Annual administration report of the Civil Veterinary Department of India - 1897-1898
Year: 1897
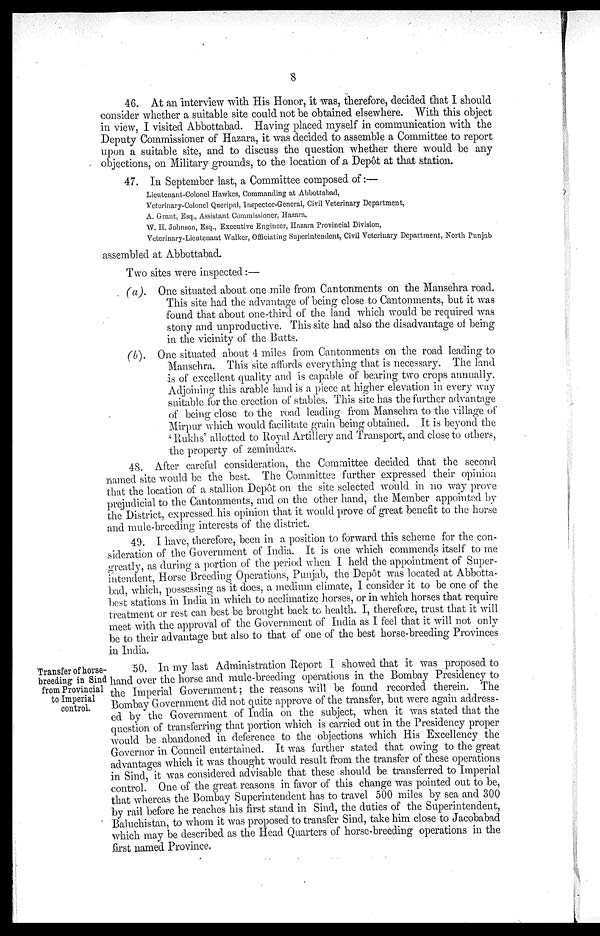
8
46. At an interview with His Honor, it was, therefore, decided that I should
consider whether a suitable site could not be obtained elsewhere. With this object
in view, I visited Abbottabad. Having placed myself in communication with the
Deputy Commissioner of Hazara, it was decided to assemble a Committee to report
upon a suitable site, and to discuss the question whether there would be any
objections, on Military grounds, to the location of a Depôt at that station.
47. In September last, a Committee composed of:—
Lieutenant-Colonel Hawkes, Commanding at Abbottabad,
Veterinary-Colonel Queripal, Inspector-General, Civil Veterinary Department,
A. Grant, Esq., Assistant Commissioner, Hazara,
W. H. Johnson, Esq., Executive Engineer, Hazara Provincial Division,
Veterinary-Lieutenant Walker, Officiating Superintendent, Civil Veterinary Department, North Punjab
assembled at Abbottabad.
Two sites were inspected:—
(a).
One situated about one mile from Cantonments on the Mansehra road.
This site had the advantage of being close to Cantonments, but it was
found that about one-third of the land which would be required was
stony and unproductive. This site had also the disadvantage of being
in the vicinity of the Butts.
(b). One situated about 4 miles from Cantonments on the road leading to
Mansehra. This site affords everything that is necessary. The land
is of excellent quality and is capable of bearing two crops annually.
Adjoining this arable land is a piece at higher elevation in every way
suitable for the erection of stables. This site has the further advantage
of being close to the road leading from Mansehra to the village of
Mirpur which would facilitate grain being obtained. It is beyond the
'Rukhs' allotted to Royal Artillery and Transport, and close to others,
the property of zemindars.
48. After careful consideration, the Committee decided that the second
named site would be the best. The Committee further expressed their opinion
that the location of a stallion Depôt on the site selected would in no way prove
prejudicial to the Cantonments, and on the other hand, the Member appointed by
the District, expressed his opinion that it would prove of great benefit to the horse
and mule-breeding interests of the district.
49. I have, therefore, been in a position to forward this scheme for the con-
sideration of the Government of India. It is one which commends itself to me
greatly, as during a portion of the period when I held the appointment of Super-
intendent, Horse Breeding Operations, Punjab, the Depôt was located at Abbotta-
bad, which, possessing as it does, a medium climate, I consider it to be one of the
best stations in India in which to acclimatize horses, or in which horses that require
treatment or rest can best be brought back to health. I, therefore, trust that it will
meet with the approval of the Government of India as I feel that it will not only
be to their advantage but also to that of one of the best horse-breeding Provinces
in India.
Transfer of horse-
breeding in Sind
from Provincial
to Imperial
control.
50. In my last Administration Report I showed that it was proposed to
hand over the horse and mule-breeding operations in the Bombay Presidency to
the Imperial Government; the reasons will be found recorded therein. The
Bombay Government did not quite approve of the transfer, but were again address-
ed by the Government of India on the subject, when it was stated that the
question of transferring that portion which is carried out in the Presidency proper
would be abandoned in deference to the objections which His Excellency the
Governor in Council entertained. It was further stated that owing to the great
advantages which it was thought would result from the transfer of these operations
in Sind, it was considered advisable that these should be transferred to Imperial
control. One of the great reasons in favor of this change was pointed out to be,
that whereas the Bombay Superintendent has to travel 500 miles by sea and 300
by rail before he reaches his first stand in Sind, the duties of the Superintendent,
Baluchistan, to whom it was proposed to transfer Sind, take him close to Jacobabad
which may be described as the Head Quarters of horse-breeding operations in the
first named Province.